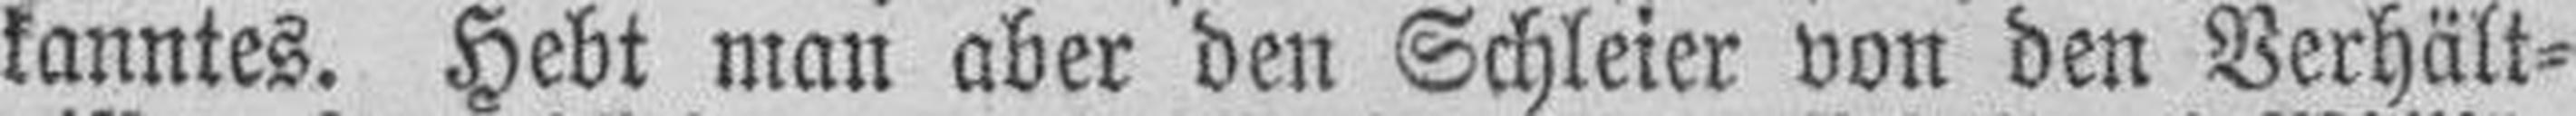
kanntes. Hebt man aber den Schleier von den Verhält¬